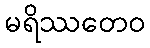
မရိဿတေဝ